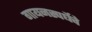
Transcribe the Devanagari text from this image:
गायनस्पर्धेचे